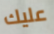
عليك